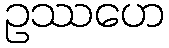
ဥဿဟေ